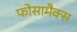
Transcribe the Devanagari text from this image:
फोसामैक्स